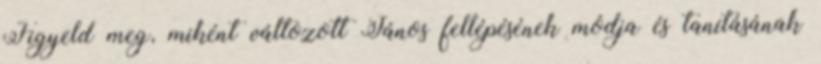
Figyeld meg, miként változott János fellépésének módja és tanításának